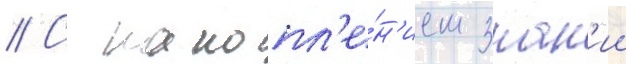
// С накопл'е́н'ием знан'ии